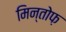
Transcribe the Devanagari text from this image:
मिन्तोफ़